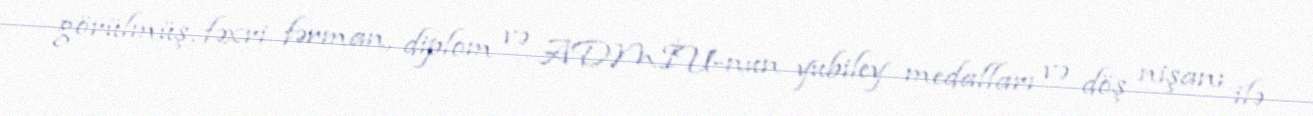
görülmüş, fəxri fərman, diplom və ADMİU-nun yubiley medalları və döş nişanı ilə